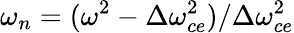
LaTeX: \omega_{n}=(\omega^{2}-\Delta\omega_{ce}^{2})/\Delta\omega_{ce}^{2}